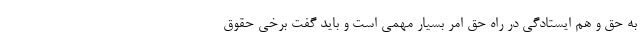
به حق و هم ایستادگی در راه حق امر بسیار مهمی است و باید گفت برخی حقوق